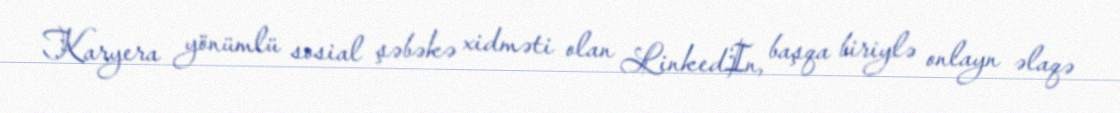
Karyera yönümlü sosial şəbəkə xidməti olan LinkedIn, başqa biriylə onlayn əlaqə